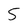
Character: 5